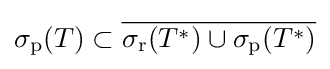
\sigma _{\mathrm {p} }(T)\subset {\overline {\sigma _{\mathrm {r} }(T^{*})\cup \sigma _{\mathrm {p} }(T^{*})}}